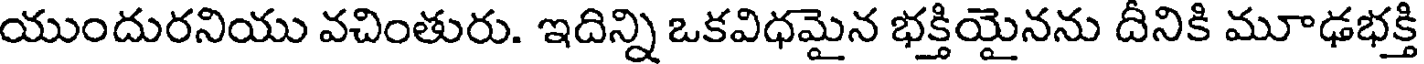
యుందురనియు వచింతురు. ఇదిన్ని ఒకవిధమైన భక్తియైనను దీనికి మూఢభక్తి